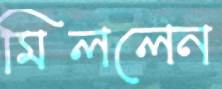
মিললেন